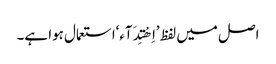
اصل میں لفظ ’اِھْتِدَآء‘استعمال ہوا ہے۔